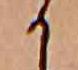
か